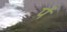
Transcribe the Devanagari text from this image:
र्प